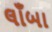
લાઁબા